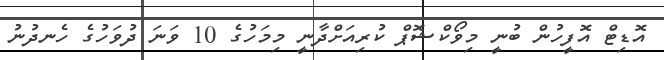
އޮޑިޓް އޮފީހުން ބުނީ މިވޯކްޝޮޕް ކުރިއަށްދާނީ މިމަހުގެ 10 ވަނަ ދުވަހުގެ ހެނދުނު